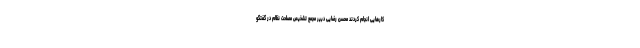
کارهایی انجام کردند محسن رضایی دبیر مجمع تشخیص مصلحت نظام در گفتگو